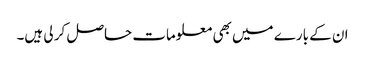
ان کے بارے میں بھی معلومات حاصل کر لی ہیں۔